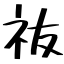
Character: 鿆